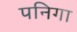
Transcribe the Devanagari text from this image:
पनिगा